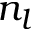
n _ { l }